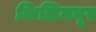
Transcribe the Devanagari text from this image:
किलिमनूर